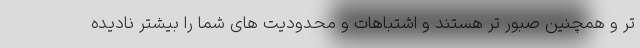
تر و همچنین صبور تر هستند و اشتباهات و محدودیت های شما را بیشتر نادیده